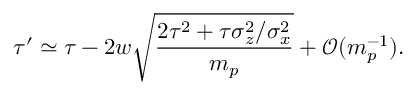
\tau ^ { \prime } \simeq \tau - 2 w \sqrt { \frac { 2 \tau ^ { 2 } + \tau \sigma _ { z } ^ { 2 } / \sigma _ { x } ^ { 2 } } { m _ { p } } } + \mathcal { O } ( m _ { p } ^ { - 1 } ) .